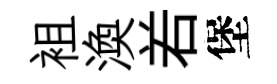
袓渙𠰥堡